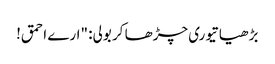
بڑھیا تیوری چڑھا کر بولی: "ارے احمق!